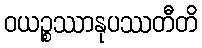
ဝယဉ္စဿာနုပဿတီတိ